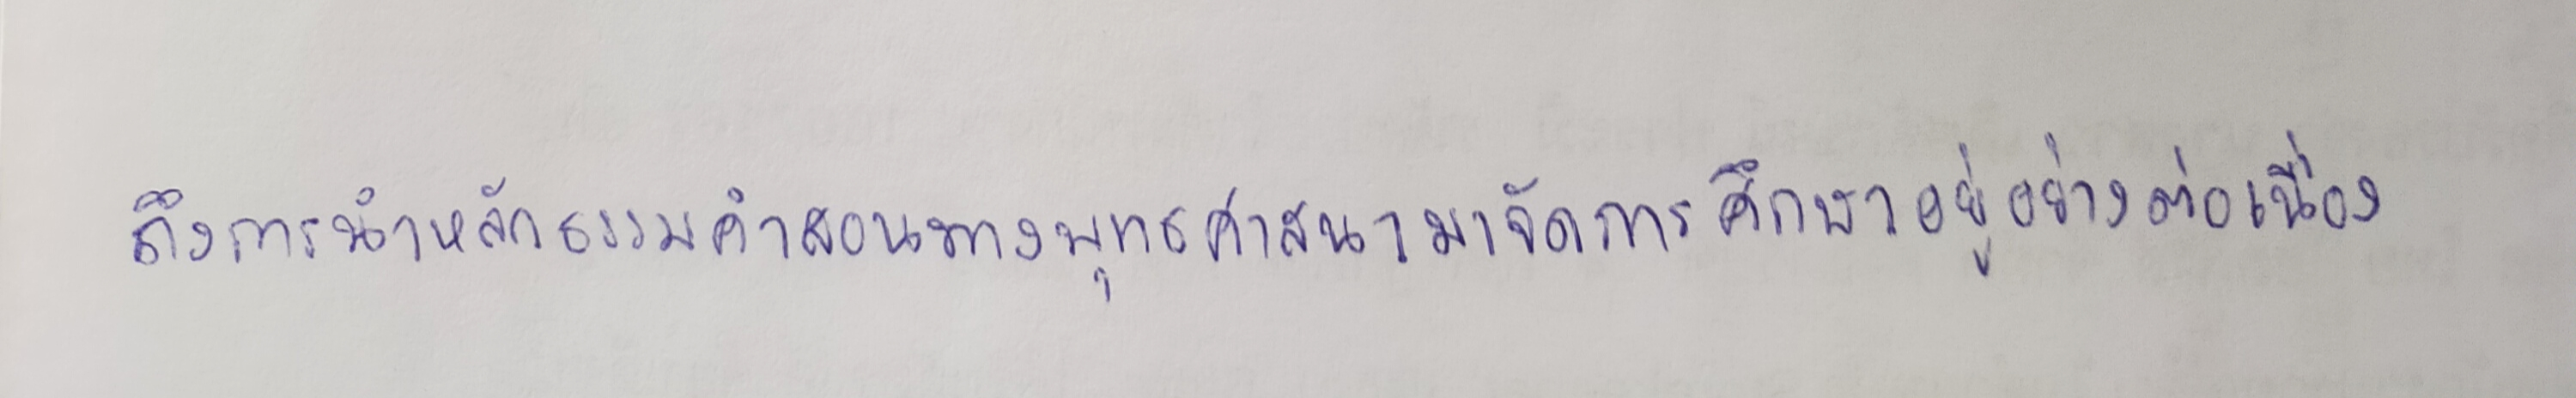
ถึงการนำหลักธรรมคำสอนทางพุทธศาสนามาจัดการศึกษาอยู่อย่างต่อเนื่อง